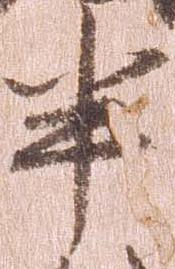
半